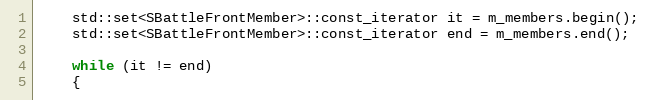
Language: C++
	std::set<SBattleFrontMember>::const_iterator it = m_members.begin();
	std::set<SBattleFrontMember>::const_iterator end = m_members.end();

	while (it != end)
	{